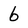
Character: 6